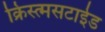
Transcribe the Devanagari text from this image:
क्रिस्त्मसटाईड